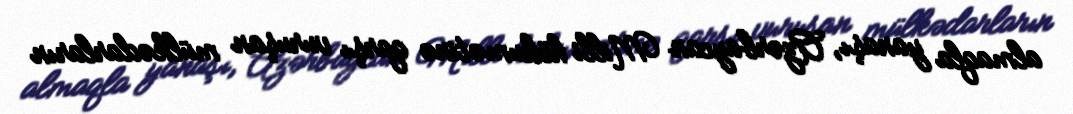
almaqla yanaşı, Azərbaycan Milli hökumətinə qarşı vuruşan mülkədarların